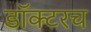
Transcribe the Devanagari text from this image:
डॉक्टरच